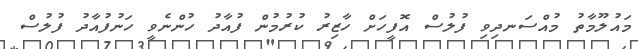
މައުލޫމާތު މުއްސަނދިވި ފުލުސް އޮފީހަށް ހާޒިރު ކުރުމުން ފުއާދު ހުންނެވީ ހަނުފުއާދު ފުލުސް